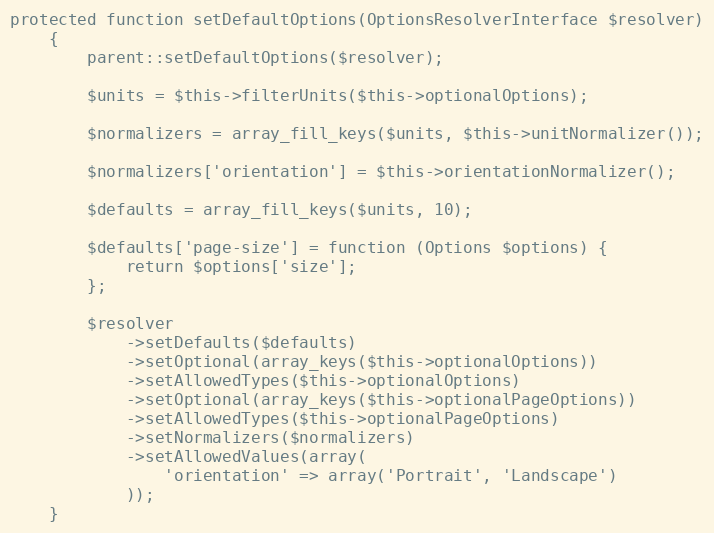
Language: PHP
protected function setDefaultOptions(OptionsResolverInterface $resolver)
    {
        parent::setDefaultOptions($resolver);

        $units = $this->filterUnits($this->optionalOptions);

        $normalizers = array_fill_keys($units, $this->unitNormalizer());

        $normalizers['orientation'] = $this->orientationNormalizer();

        $defaults = array_fill_keys($units, 10);

        $defaults['page-size'] = function (Options $options) {
            return $options['size'];
        };

        $resolver
            ->setDefaults($defaults)
            ->setOptional(array_keys($this->optionalOptions))
            ->setAllowedTypes($this->optionalOptions)
            ->setOptional(array_keys($this->optionalPageOptions))
            ->setAllowedTypes($this->optionalPageOptions)
            ->setNormalizers($normalizers)
            ->setAllowedValues(array(
                'orientation' => array('Portrait', 'Landscape')
            ));
    }